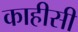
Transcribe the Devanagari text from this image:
काहीसी